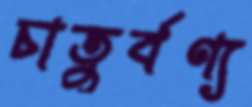
চাতুর্বণ্য